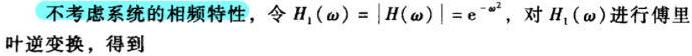
不考虑系统的相频特性，令 \(H_1(\omega)=|H(\omega)| = e^{-\omega^2}\)，对 \(H_1(\omega)\) 进行傅里叶逆变换，得到